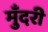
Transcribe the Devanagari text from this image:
मुँदरी